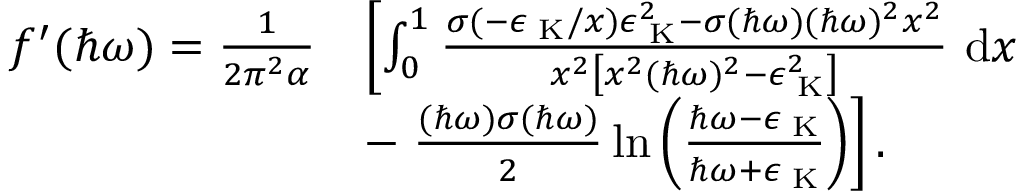
\begin{array} { r l } { f ^ { \prime } ( \hbar \omega ) = \frac { 1 } { 2 \pi ^ { 2 } \alpha } } & { \left[ \int _ { 0 } ^ { 1 } \frac { \sigma ( - \epsilon _ { \mathrm { \tiny ~ K } } / x ) \epsilon _ { \mathrm { \tiny ~ K } } ^ { 2 } - \sigma ( \hbar \omega ) ( \hbar \omega ) ^ { 2 } x ^ { 2 } } { x ^ { 2 } \left[ x ^ { 2 } ( \hbar \omega ) ^ { 2 } - \epsilon _ { \mathrm { \tiny ~ K } } ^ { 2 } \right] } ~ \mathrm { d } x \right. } \\ & { - \left. \frac { ( \hbar \omega ) \sigma ( \hbar \omega ) } { 2 } \ln { \left( \frac { \hbar \omega - \epsilon _ { \mathrm { \tiny ~ K } } } { \hbar \omega + \epsilon _ { \mathrm { \tiny ~ K } } } \right) } \right] . } \end{array}